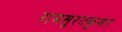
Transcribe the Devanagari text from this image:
रामसुरतकुमार